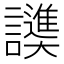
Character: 𬣓